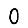
Digit: 0